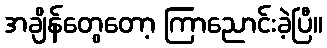
အချိန်တွေတော့ ကြာညောင်းခဲ့ပြီ။